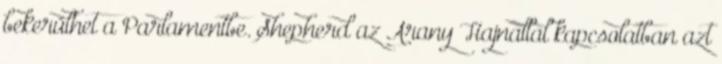
bekerülhet a Parlamentbe. Shepherd az Arany Hajnallal kapcsolatban azt